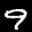
Label: 9